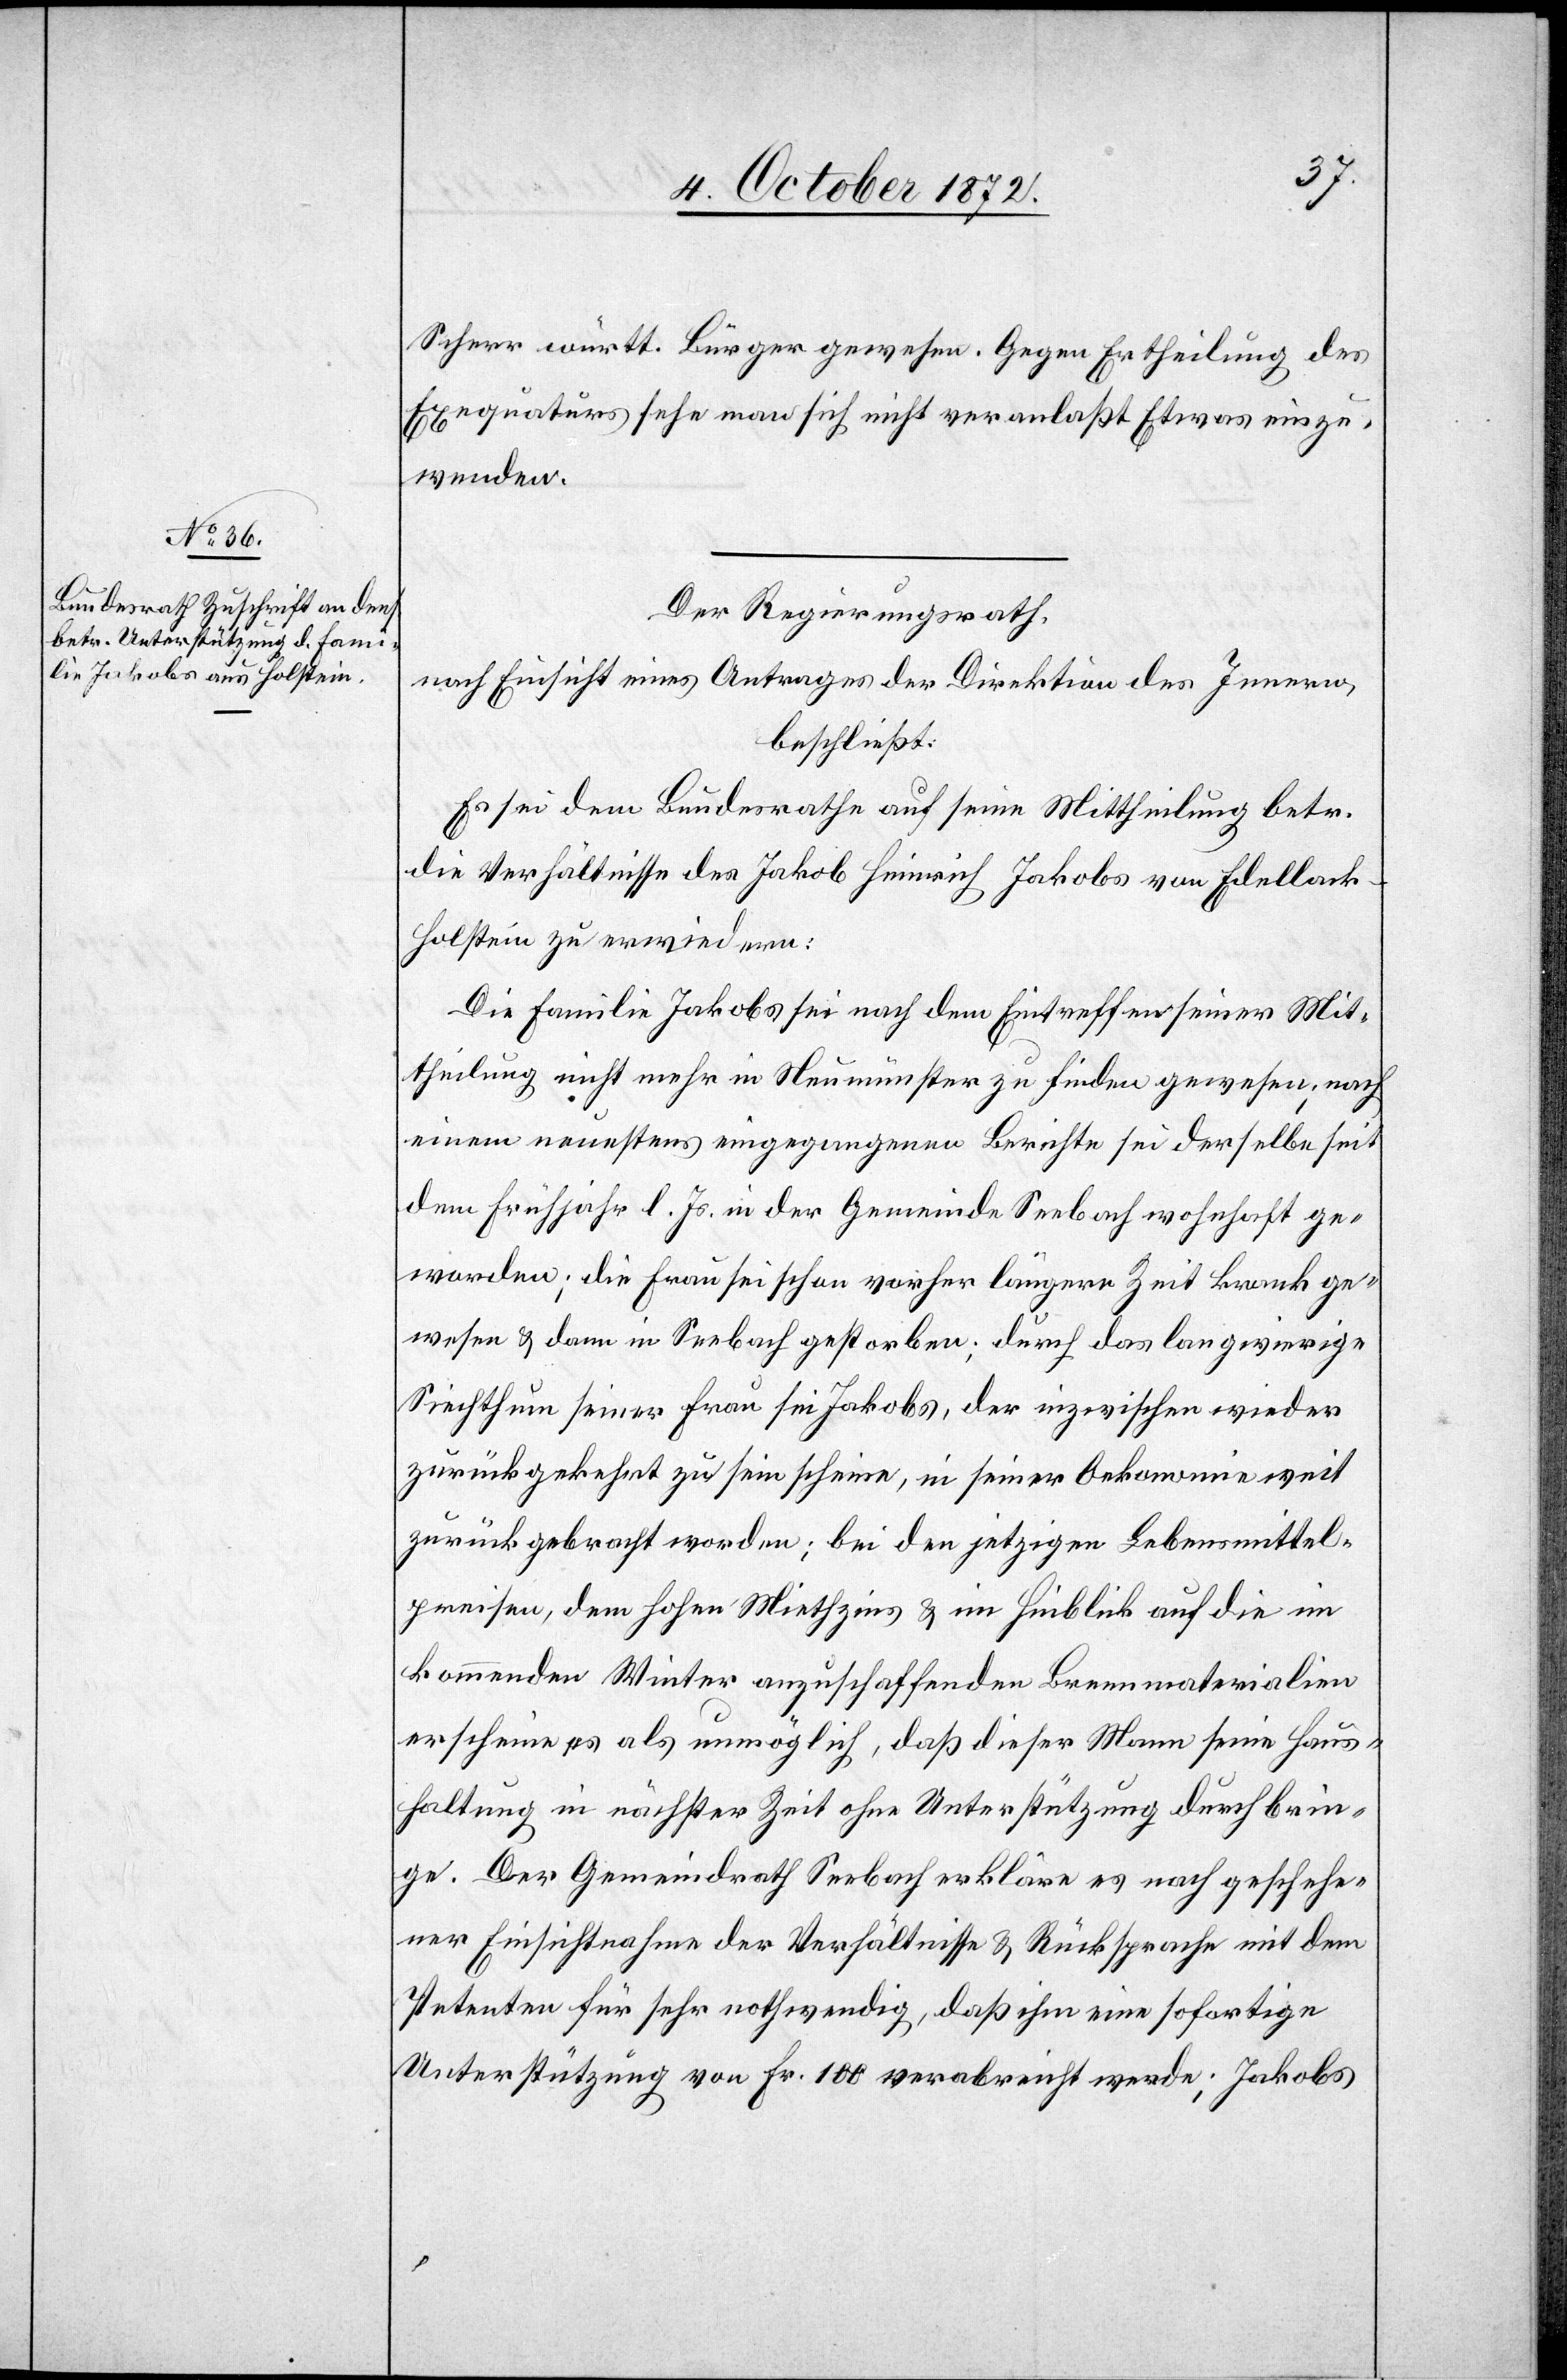
5. October 1872.]
Scherr württ. Bürger gewesen. Gegen Ertheilung des
Exequaturs sehe man sich nicht veranlaßt Etwas einzu¬
wenden.
Der Regierungsrath,
nach Einsicht eines Antrages der Direktion des Innern,
beschließt:
Es sei dem Bundesrathe auf seine Mittheilung betr.
die Verhältnisse des Jakob Heinrich Jakobs von Edellack-H¬
olstein zu erwiedern:
Die Familie Jakobs sei nach dem Eintreffen seiner Mit¬
theilung nicht mehr in Neumünster zu finden gewesen; nach
einem neuestens eingegangenen Berichte sei derselbe seit
dem Frühjahr l. Js. in der Gemeinde Seebach wohnhaft ge¬
worden; die Frau sei schon vorher längere Zeit krank ge¬
wesen u. dann in Seebach gestorben; durch das langwierige
Siechthum seiner Frau sei Jakobs, der inzwischen wieder
zurückgekehrt zu sein scheine, in seiner Oekonomie weit
zurückgebracht worden; bei den jetzigen Lebensmittel¬
preisen, dem hohen Miethzins u. im Hinblick auf die im
kommenden Winter anzuschaffenden Brennmaterialien
erscheine es als unmöglich, daß dieser Mann seine Haus¬
haltung in nächster Zeit ohne Unterstützung durch brin¬
ge. Der Gemeindrath Seebach erkläre es nach geschehe¬
ner Einsichtnahme der Verhältnisse u. Rücksprache mit dem
Petenten für sehr nothwendig, daß ihm eine sofortige
Unterstützung von Fr. 100 verabreicht werde; Jakobs